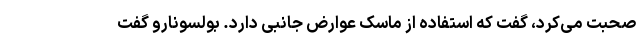
صحبت می‌کرد، گفت که استفاده از ماسک عوارض جانبی دارد. بولسونارو گفت